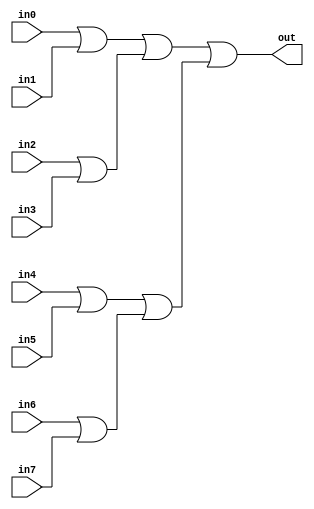
/* mdulo Or8Way */

`ifndef _Or8Way_
`define _Or8Way_

module Or8Way(out, in0, in1, in2, in3, in4, in5, in6, in7);
    input in0, in1, in2, in3, in4, in5, in6, in7;
    wire or0, or1, or2, or3, or12, or34;
    output out;

    or(or0, in0, in1);
    or(or1, in2, in3);
    or(or2, in4, in5);
    or(or3, in6, in7);
    or(or12, or0, or1);
    or(or34, or2, or3);
    or(out, or12, or34);
endmodule

`endif